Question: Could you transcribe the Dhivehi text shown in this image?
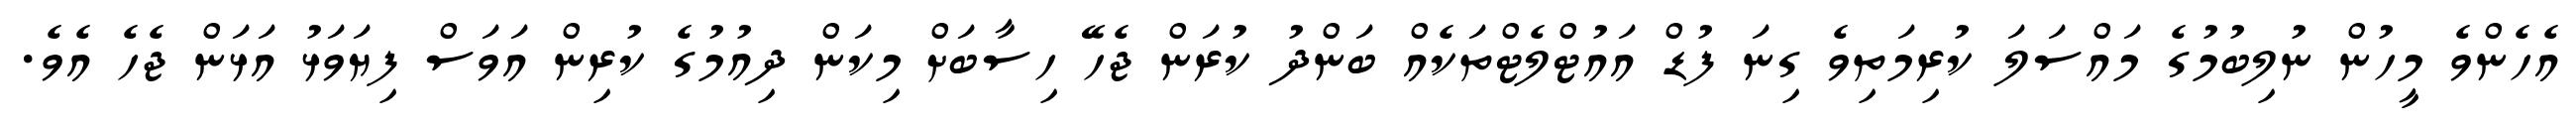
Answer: އެހެންވެ މީހުން ނުލިބުމުގެ މައްސަލަ ކުރިމަތިވެ ގިނަ ފުޑް އައުޓްލެޓްތަކެއް ބަންދު ކުރަން ޖެހޭ ހިސާބަށް މިކަން ދިއުމުގެ ކުރިން އަވަސް ފިޔަވަޅު އަޅަން ޖެހެ އެވެ.